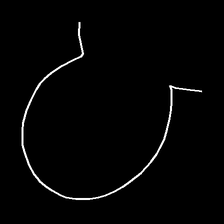
Glyph: weave